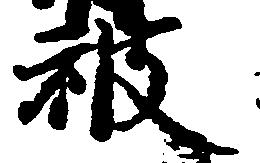
被